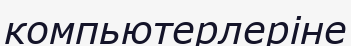
компьютерлеріне